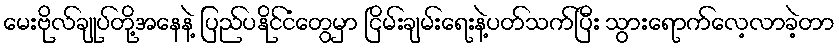
မေးဗိုလ်ချုပ်တို့အနေနဲ့ ပြည်ပနိုင်ငံတွေမှာ ငြိမ်းချမ်းရေးနဲ့ပတ်သက်ပြီး သွားရောက်လေ့လာခဲ့တာ